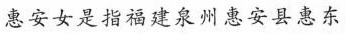
惠安女是指福建泉州惠安县惠东